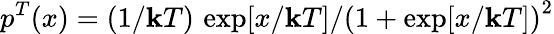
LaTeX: p^{T}(x)=(1/\mathbf{k}T)\, \exp[x/\mathbf{k}T]/\left(1+\exp[x/\mathbf{k}T]\right)^{2}